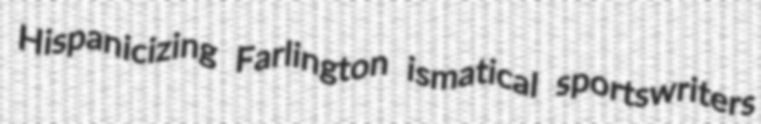
Hispanicizing Farlington ismatical sportswriters